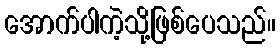
အောက်ပါကဲ့သို့ဖြစ်ပေသည်။